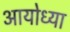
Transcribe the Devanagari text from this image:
अायोध्या